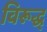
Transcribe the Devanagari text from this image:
विरूद्ध्